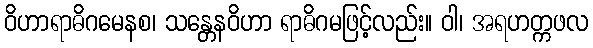
ဝိဟာရာဓိဂမေနစ၊ သန္တေနဝိဟာ ရာဓိဂမဖြင့်လည်း။ ဝါ၊ အရဟတ္ကဖလ